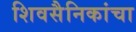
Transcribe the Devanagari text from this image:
शिवसैनिकांचा